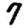
Digit: 7